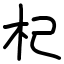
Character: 杞